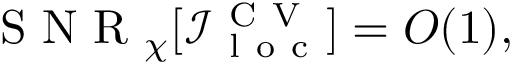
\mathrm { ~ S ~ N ~ R ~ } _ { \chi } [ \mathcal { I } _ { \mathrm { ~ l ~ o ~ c ~ } } ^ { \mathrm { ~ C ~ V ~ } } ] = O ( 1 ) ,